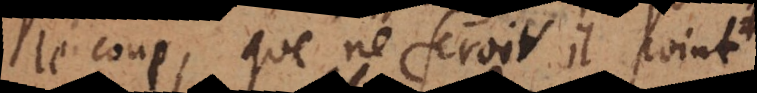
le coup, que ne feroit il point